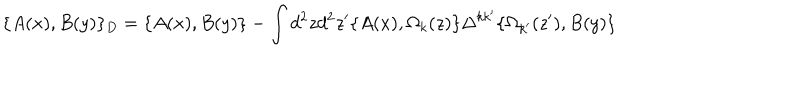
\{ A ( x ) , B ( y ) \} _ { D } = \{ A ( x ) , B ( y ) \} - \int d ^ { 2 } z d ^ { 2 } z ^ { \prime } \{ A ( x ) , \Omega _ { k } ( z ) \} \Delta ^ { k k ^ { \prime } } \{ \Omega _ { k ^ { \prime } } ( z ^ { \prime } ) , B ( y ) \}